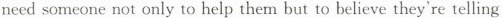
need someone not only to help them but to believe they're telling